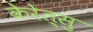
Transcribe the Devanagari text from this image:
केरेत्सु